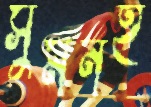
সুমনই